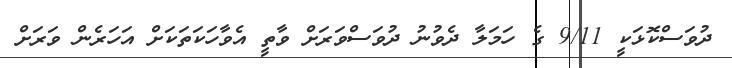
ދުވަސްކޮޅަކީ 9/11 ގެ ހަމަލާ ދެވުނު ދުވަސްވަރަށް ވާތީ އެވާހަކަތަކަށް އަހަރެން ވަރަށް